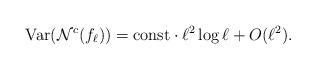
LaTeX: \begin{align*} {\rm Var}(\mathcal{N}^{c}(f_\ell ))={\rm const} \cdot \ell^2 \log \ell+O(\ell^2).\end{align*}